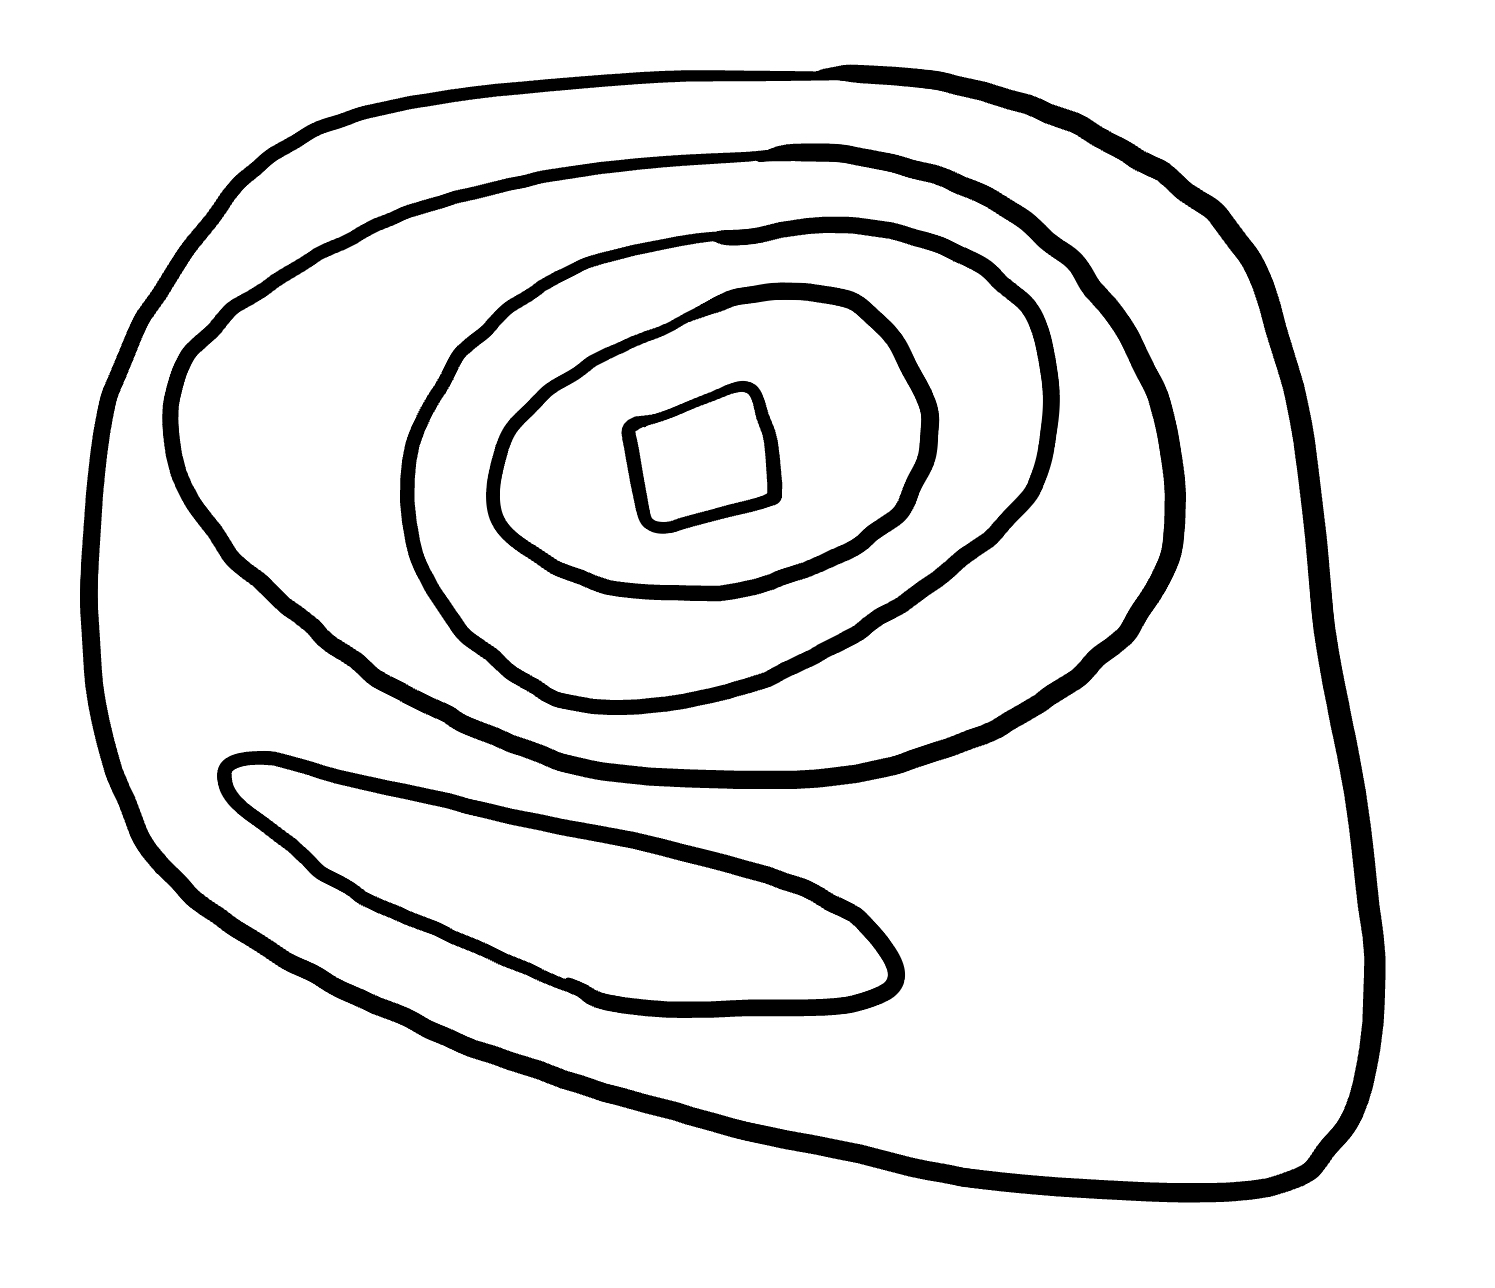
Number of regions (including the outer root region): 7
Containment tree edges (parent, child): 0, 1, 1, 2, 1, 3, 3, 4, 4, 5, 5, 6